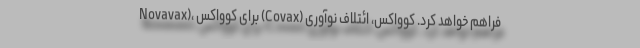
Novavax)، برای کوواکس (Covax) فراهم خواهد کرد. کوواکس، ائتلاف نوآوری‌